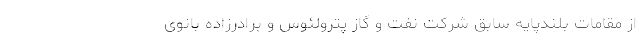
از مقامات بلندپایه سابق شرکت نفت و گاز پترولئوس و برادرزاده بانوی